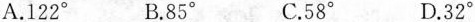
A.122° B.85° C.58° D.32°